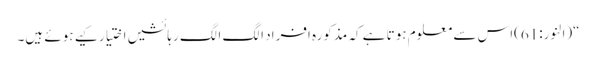
“(النور:61)اس سے معلوم ہوتا ہے کہ مذکورہ افراد الگ الگ رہائشیں اختیار کیے ہوئے ہیں۔